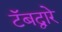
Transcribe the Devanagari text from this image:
टॅबद्वारे